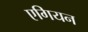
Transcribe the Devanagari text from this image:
एगियन